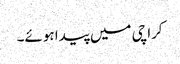
کراچی میں پیدا ہوئے۔